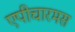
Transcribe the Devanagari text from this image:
एपीचारमस